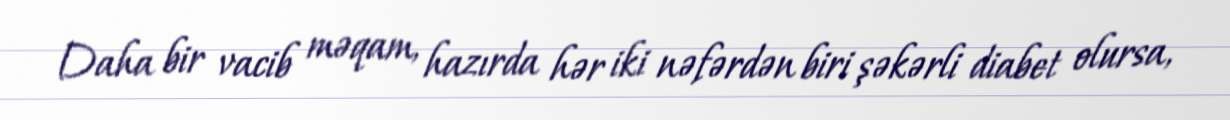
Daha bir vacib məqam, hazırda hər iki nəfərdən biri şəkərli diabet olursa,